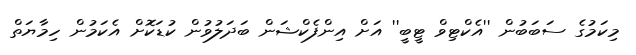
މިކަމުގެ ސަބަބުން ''އެކްޓިވް ޓީބީ'' އަށް އިންފެކްޝަން ބަދަލުވުން ކުޑަކޮށް އެކަމުން ހިމާޔަތް